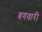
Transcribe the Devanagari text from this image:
बगवारी